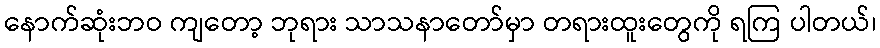
နောက်ဆုံးဘဝ ကျတော့ ဘုရား သာသနာတော်မှာ တရားထူးတွေကို ရကြ ပါတယ်၊